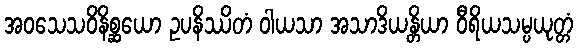
အဝသေသဝိနိစ္ဆယော ဥပနိဿိတံ ဝါယသာ အသာဒိယန္တိယာ ဝီရိယသမ္ပယုတ္တံ